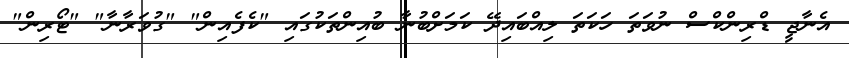
އެނާޖީ ޑްރިންކްސް ނުވަތަ ހަކަތަ ލިއްބައިދޭ ކަމަށްބުނާ ބުއިންތަކުގައި "ކެފެއިން" "ގުވަރާނާ" "ޓޯރިން"